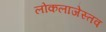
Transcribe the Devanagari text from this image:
लोकलाजेस्तव